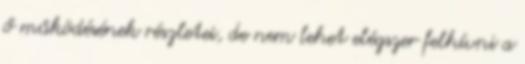
ő működésének részletei, de nem lehet elégszer felhívni a